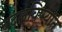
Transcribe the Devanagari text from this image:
बदलविण्यात